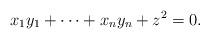
LaTeX: \begin{align*}x_1y_1+\cdots+x_ny_n+z^2=0.\end{align*}